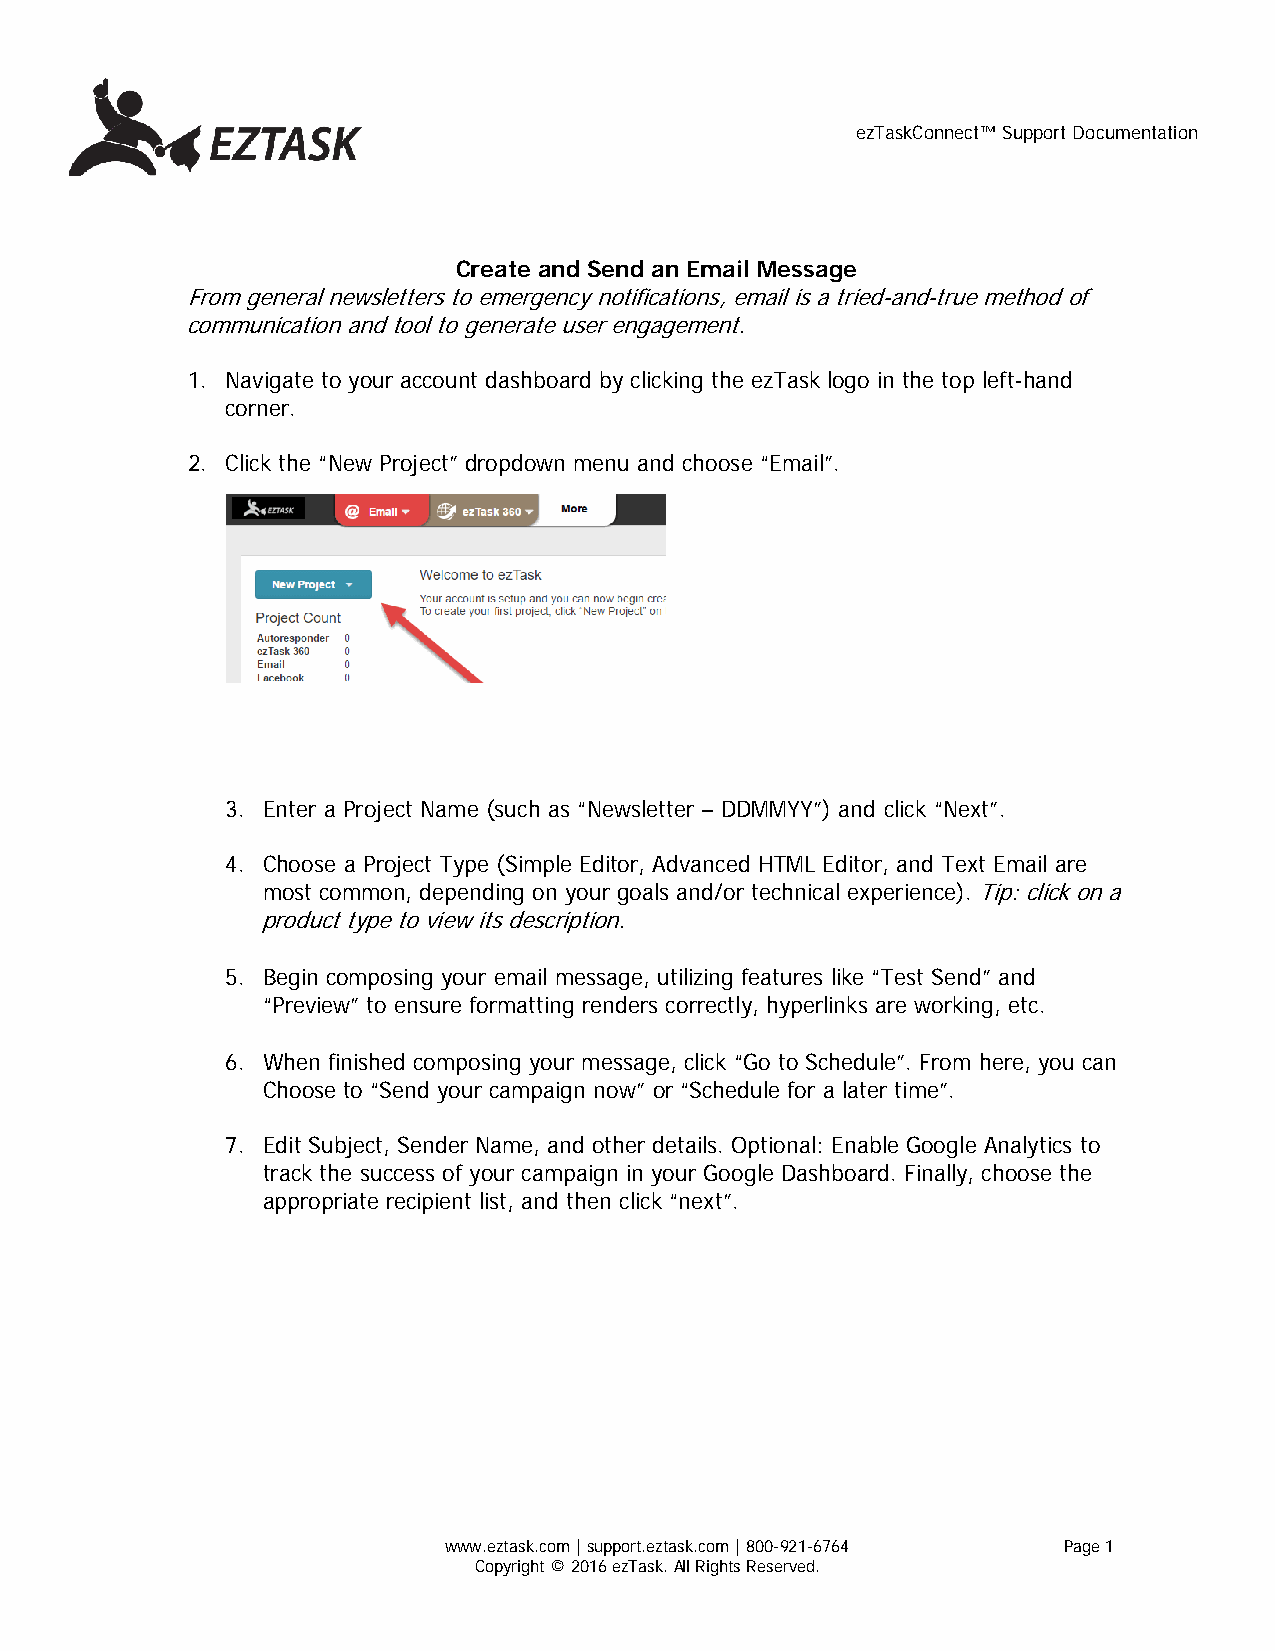
ezTaskConnect™ Support Documentation
 Create and Send an Email Message
 From general newsletters to emergency notifications, email is a tried-and-true method of
 communication and tool to generate user engagement.
 1. Navigate to your account dashboard by clicking the ezTask logo in the top left-hand
 corner.
 2. Click the “New Project” dropdown menu and choose “Email”.
 3. Enter a Project Name (such as “Newsletter – DDMMYY”) and click “Next”.
 4. Choose a Project Type (Simple Editor, Advanced HTML Editor, and Text Email are
 most common, depending on your goals and/or technical experience). Tip: click on a
 product type to view its description.
 5. Begin composing your email message, utilizing features like “Test Send” and
 “Preview” to ensure formatting renders correctly, hyperlinks are working, etc.
 6. When finished composing your message, click “Go to Schedule”. From here, you can
 Choose to “Send your campaign now” or “Schedule for a later time”.
 7. Edit Subject, Sender Name, and other details. Optional: Enable Google Analytics to
 track the success of your campaign in your Google Dashboard. Finally, choose the
 appropriate recipient list, and then click “next”.
 www.eztask.com | support.eztask.com | 800-921-6764 Page 1
 Copyright © 2016 ezTask. All Rights Reserved.